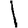
Digit: 1